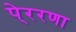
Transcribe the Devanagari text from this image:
पे्ररणा